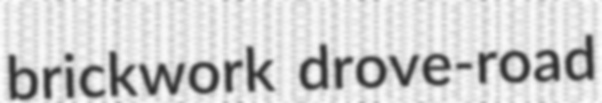
brickwork drove-road